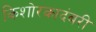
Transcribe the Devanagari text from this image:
किशोरकादंबरी